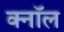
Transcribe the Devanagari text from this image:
क्नॉल